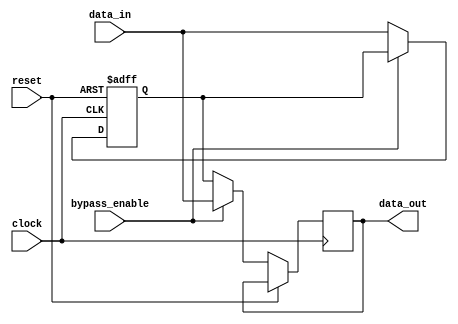
module variable_width_bypass_register(
    input wire clock,
    input wire reset,
    input wire bypass_enable,
    input wire [7:0] data_in,
    output reg [7:0] data_out
);

reg [7:0] register;

always @(posedge clock or posedge reset) begin
    if (reset) begin
        register <= 8'h00;
    end else begin
        if (bypass_enable) begin
            data_out <= data_in;
        end else begin
            data_out <= register;
            register <= data_in;
        end
    end
end

endmodule